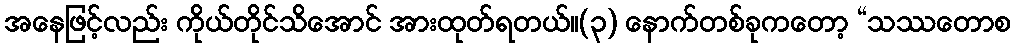
အနေဖြင့်လည်း ကိုယ်တိုင်သိအောင် အားထုတ်ရတယ်။(၃) နောက်တစ်ခုကတော့ “သဿတောစ